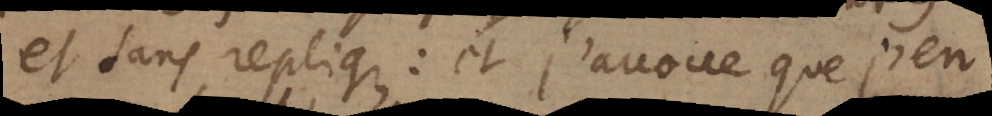
et sans replique: et j’avoue que j’en